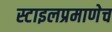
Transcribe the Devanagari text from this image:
स्टाइलप्रमाणेच